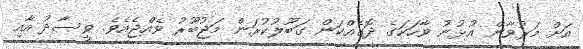
އަށް މަރުވާން އުޅުނު ވާހަކަގެ ދޮގެއްކަން ގަބޫލުކުރަން މަޖުބޫރު ވެއްޖެއެވެ. ވީސާދު އާއި